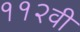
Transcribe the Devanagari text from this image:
११२वी